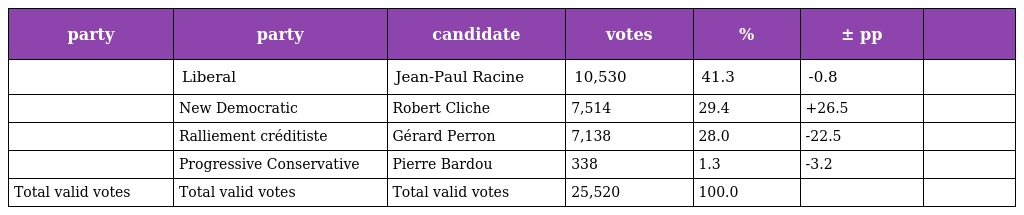
| party | party | candidate | votes | % | ± pp |  |
 | --- | --- | --- | --- | --- | --- | --- |
 |  | Liberal | Jean-Paul Racine | 10,530 | 41.3 | -0.8 |  |
 |  | New Democratic | Robert Cliche | 7,514 | 29.4 | +26.5 |  |
 |  | Ralliement créditiste | Gérard Perron | 7,138 | 28.0 | -22.5 |  |
 |  | Progressive Conservative | Pierre Bardou | 338 | 1.3 | -3.2 |  |
 | Total valid votes | Total valid votes | Total valid votes | 25,520 | 100.0 |  |  |